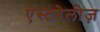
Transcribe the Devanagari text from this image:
ऐस्टरेलीज़